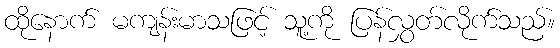
ထိုနောက် မကျန်းမာသဖြင့် သူ့ကို ပြန်လွှတ်လိုက်သည်။